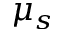
\mu _ { s }